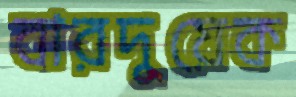
বারদুয়েক